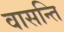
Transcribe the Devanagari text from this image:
वासन्ति